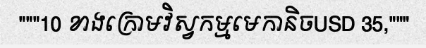
"""10 ខាងក្រោមវិស្វកម្មមេកានិចUSD 35,"""